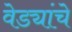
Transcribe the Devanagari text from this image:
वेड्यांचे